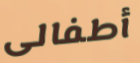
أطفالى